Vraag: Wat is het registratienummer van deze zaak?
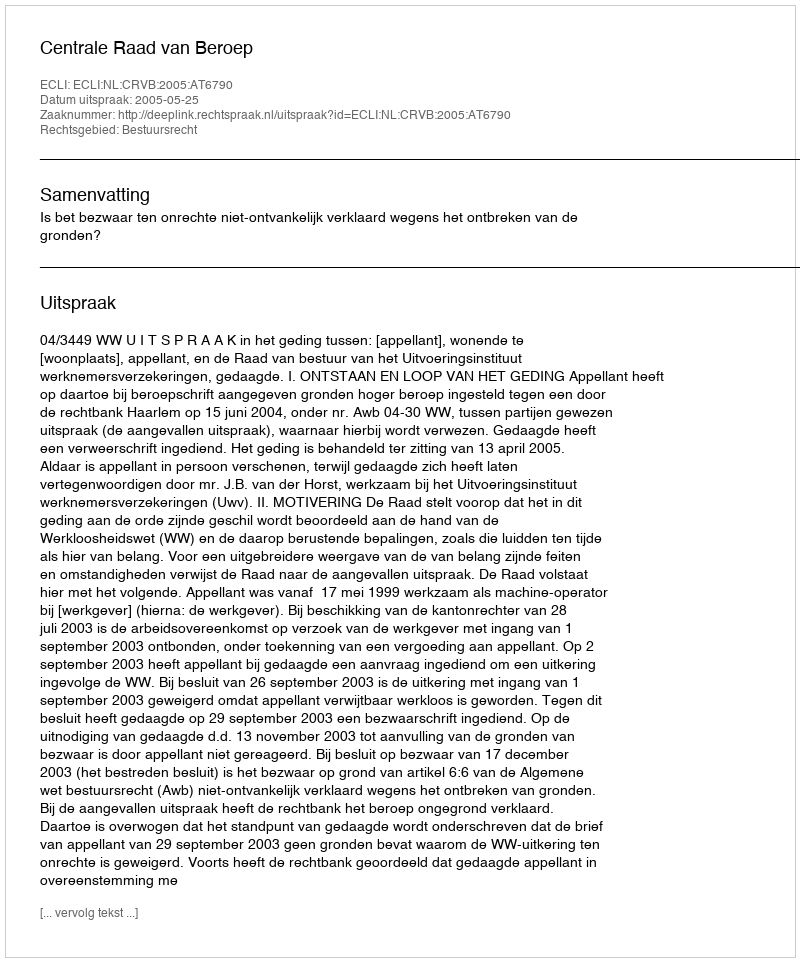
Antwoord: http://deeplink.rechtspraak.nl/uitspraak?id=ECLI:NL:CRVB:2005:AT6790